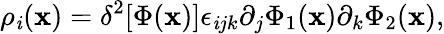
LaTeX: \rho_{\mathit{i}}({\mathbf{x}})=\delta^{2}[\Phi({\mathbf{x}})]\epsilon_{\mathit{i}jk}\partial_{j}\Phi_{1}({\mathbf{x}})\partial_{k}\Phi_{2}({\mathbf{x}}),